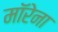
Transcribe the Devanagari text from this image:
मॉरेना